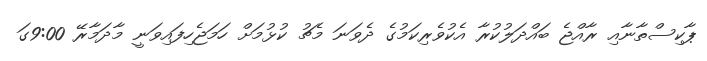
ޕާކިސްތާނާއި ރާއްޖެ ބައްދަލުކުރާ އެކުވެރިކަމުގެ ދެވަނަ މެޗު ކުޅުމަށް ހަމަޖެހިފައިވަނީ މާދަމާރޭ 9:00ގަ